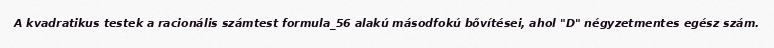
A kvadratikus testek a racionális számtest formula_56 alakú másodfokú bővítései, ahol "D" négyzetmentes egész szám.